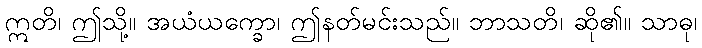
ဣတိ၊ ဤသို့။ အယံယက္ခော၊ ဤနတ်မင်းသည်။ ဘာသတိ၊ ဆို၏။ သာဓု၊